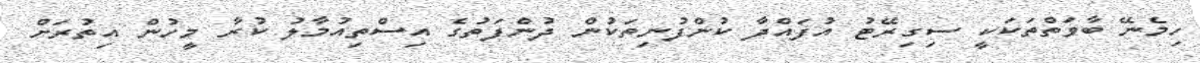
ހިމެނޭ ބާވަތްތަކަކީ ސިގިރޭޓު އުފައްދާ ކުންފުނިތަކުން ދުންފަތުގެ އިސްތިއުމާލު ކުރާ މީހުން އިތުރަށް